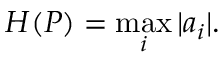
H ( P ) = { \underset { i } { \operatorname* { m a x } } } \, | a _ { i } | .